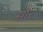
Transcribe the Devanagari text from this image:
सौंर